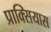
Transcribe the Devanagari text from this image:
प्राक्सियास